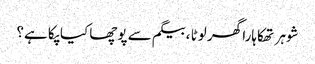
شوہر تھکاہارا گھر لوٹا ،بیگم سے پوچھا کیا پکا ہے؟